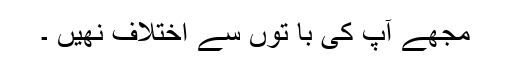
مجھے آپ کی با توں سے اختلاف نھیں ۔